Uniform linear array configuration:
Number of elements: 64
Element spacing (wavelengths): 0.25
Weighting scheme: exponential
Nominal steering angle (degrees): -30
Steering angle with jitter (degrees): -28.051
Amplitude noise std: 0.05
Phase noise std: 0.05

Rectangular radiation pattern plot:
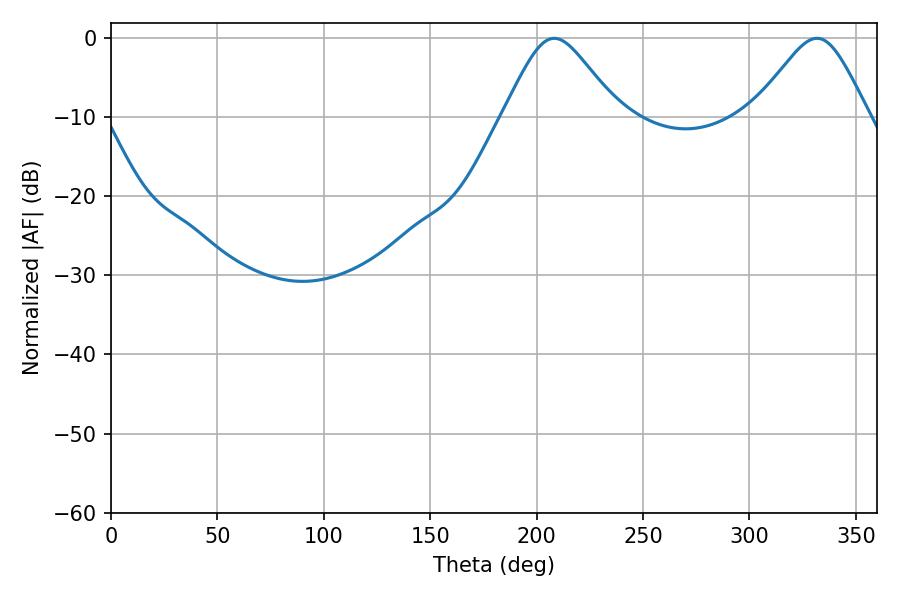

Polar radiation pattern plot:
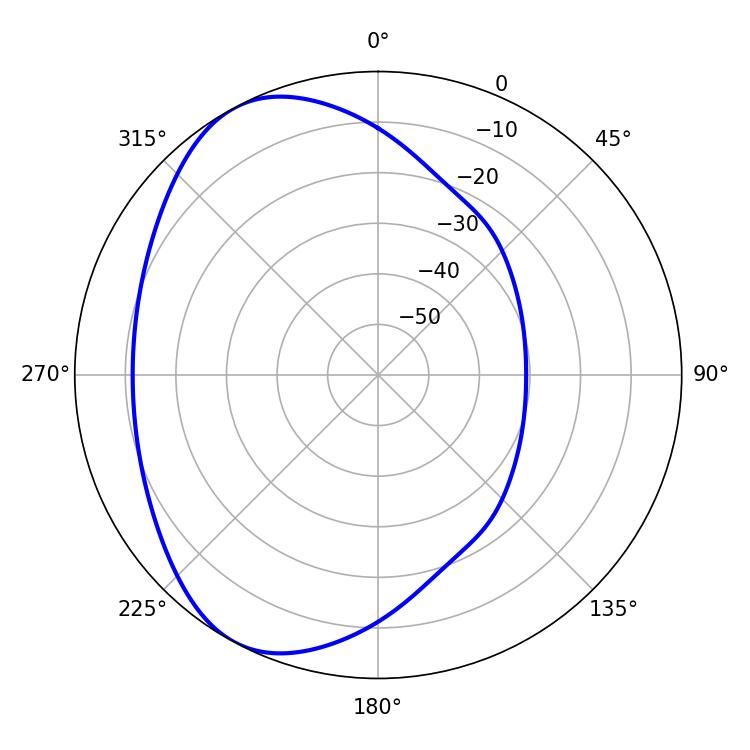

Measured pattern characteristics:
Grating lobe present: FALSE
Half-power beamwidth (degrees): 26.28
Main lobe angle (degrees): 208.26